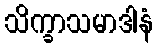
သိက္ခာသမာဒါနံ